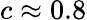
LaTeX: c\approx 0.8